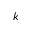
k